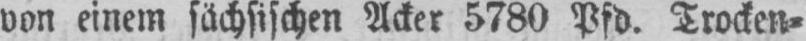
von einem sächsischen Acker 5780 Pfd. Trocken⸗